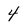
Character: 4